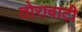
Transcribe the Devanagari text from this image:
तोरावाटी